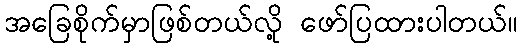
အခြေစိုက်မှာဖြစ်တယ်လို့ ဖော်ပြထားပါတယ်။